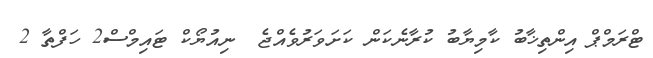
ޓްރަމްޕް އިންތިޚާބު ކާމިޔާބު ކުރާނެކަން ކަށަވަރުވެއްޖެ  ނިއުޔޯކް ޓައިމްސް2 ހަފްތާ 2